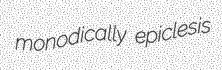
monodically epiclesis